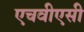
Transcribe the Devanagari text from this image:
एचवीएसी